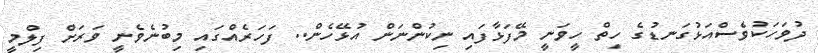
ދުވަހަކުވެސްއަޅުގަނޑުގެ ހިތް ހީވަނީ މޭފަޅާފައި ނިކުންނަން އުޅޭހެން.. ފަހަރެއްގައި މިބުނެވެނީ ވަރަށް ފިލްމީ